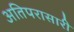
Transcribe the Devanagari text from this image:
अतिपरासारी